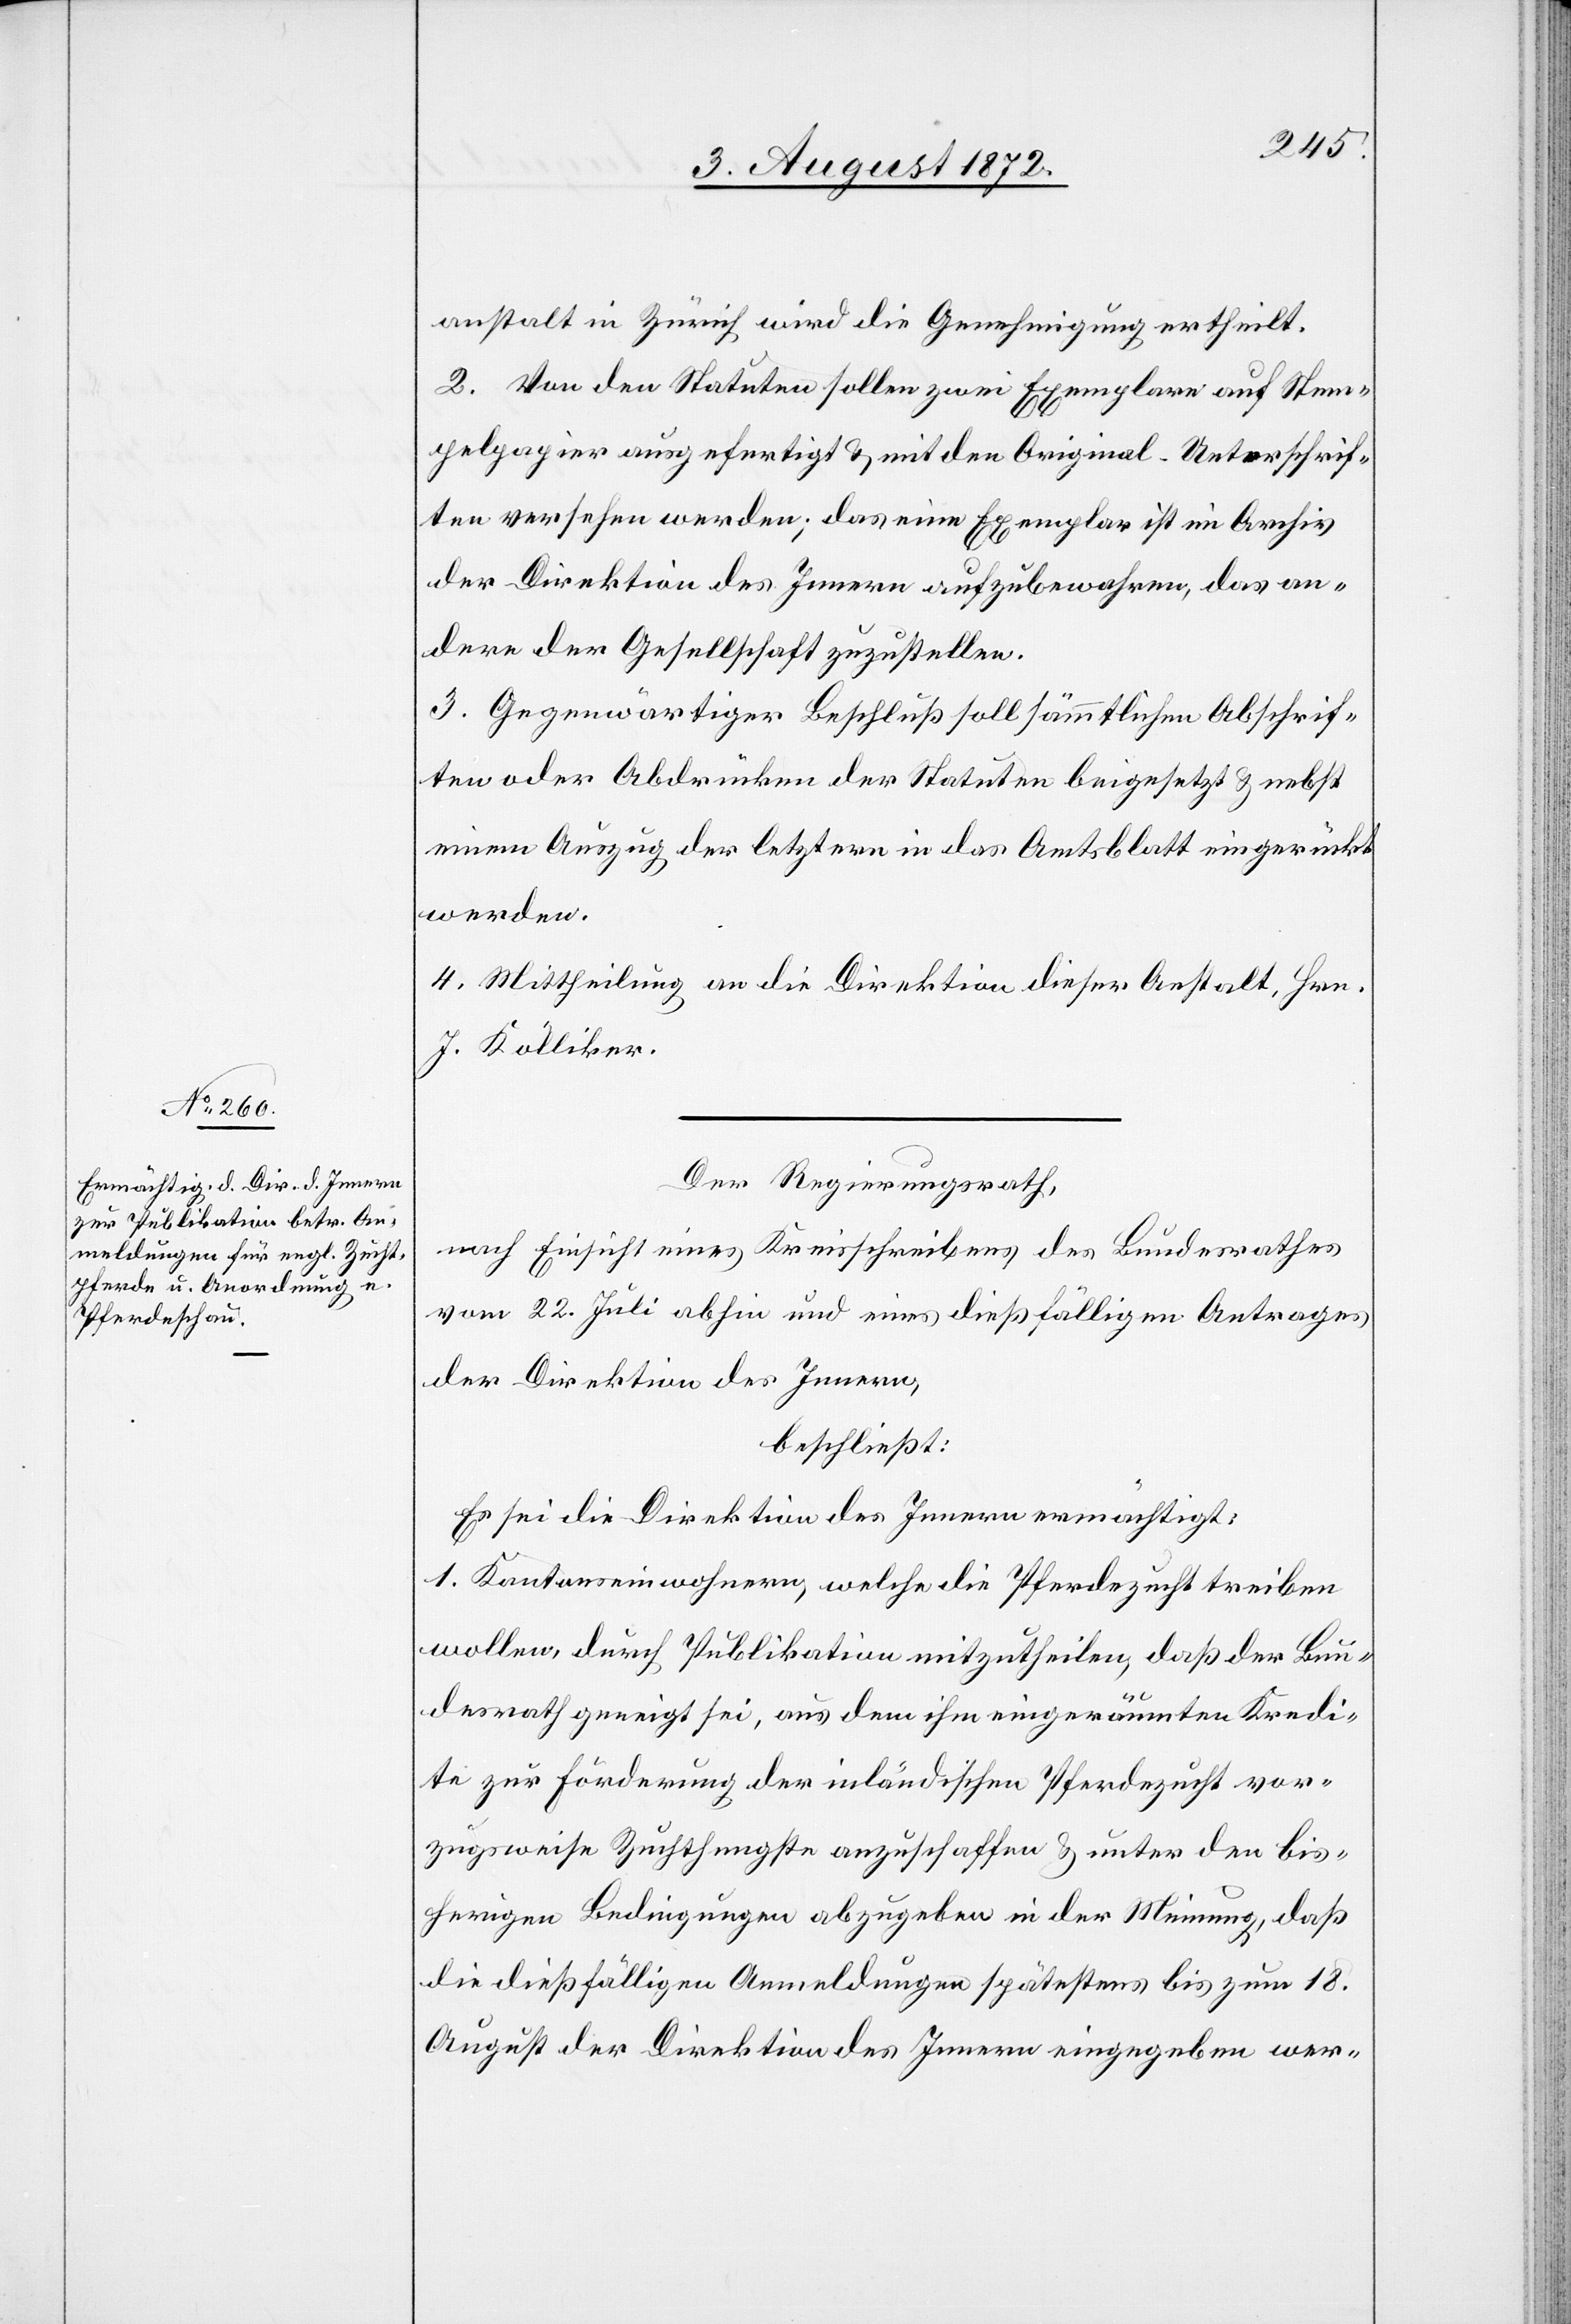
anstalt in Zürich wird die Genehmigung ertheilt.
2. Von den Statuten sollen zwei Exemplare auf Stem¬
pelpapier ausgefertigt u. mit den Original-Unterschrif¬
ten versehen werden; das eine Exemplar ist im Archiv
der Direktion des Innern aufzubewahren, das an¬
dere der Gesellschaft zuzustellen.
3. Gegenwärtiger Beschluß soll sämmtlichen Abschrif¬
ten oder Abdrücken der Statuten beigesetzt u. nebst
einem Auszug der letztern in das Amtsblatt eingerückt
werden.
4. Mittheilung an die Direktion dieser Anstalt, Hrn.
J. Kolliker.
Der Regierungsrath,
nach Einsicht eines Kreisschreibens des Bundesrathes
vom 22. Juli abhin und eines dießfälligen Antrages
der Direktion des Innern,
beschließt:
Es sei die Direktion des Innern ermächtigt:
1. Kantonseinwohnern, welche die Pferdezucht treiben
wollen, durch Publikation mitzutheilen, daß der Bun¬
desrath geneigt sei, aus dem ihm eingeräumten Kredi¬
te zur Förderung der inländischen Pferdezucht vor¬
zugsweise Zuchthengste anzuschaffen u. unter den bis¬
herigen Bedingungen abzugeben in der Meinung, daß
die dießfälligen Anmeldungen spätestens bis zum 18.
August der Direktion des Innern eingegeben wer-